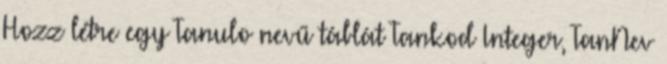
Hozz létre egy Tanulo nevű táblát Tankod Integer, TanNev